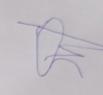
Signature authenticity: forged